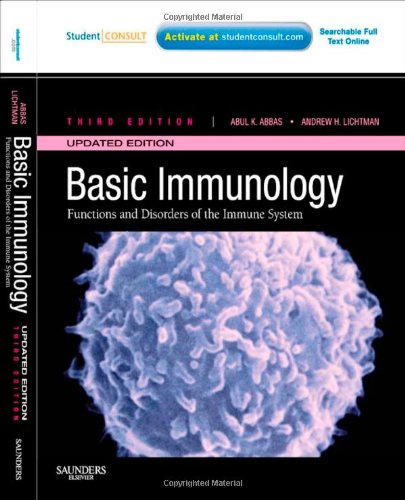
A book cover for Basic Immunology Updated Edition: Functions and Disorders of the Immune System With STUDENT  CONSULT Online Access, 3e (Basic Immunology: Functions and Disorders of the Immune System); Abul K. Abbas MBBS; Health, Fitness & Dieting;